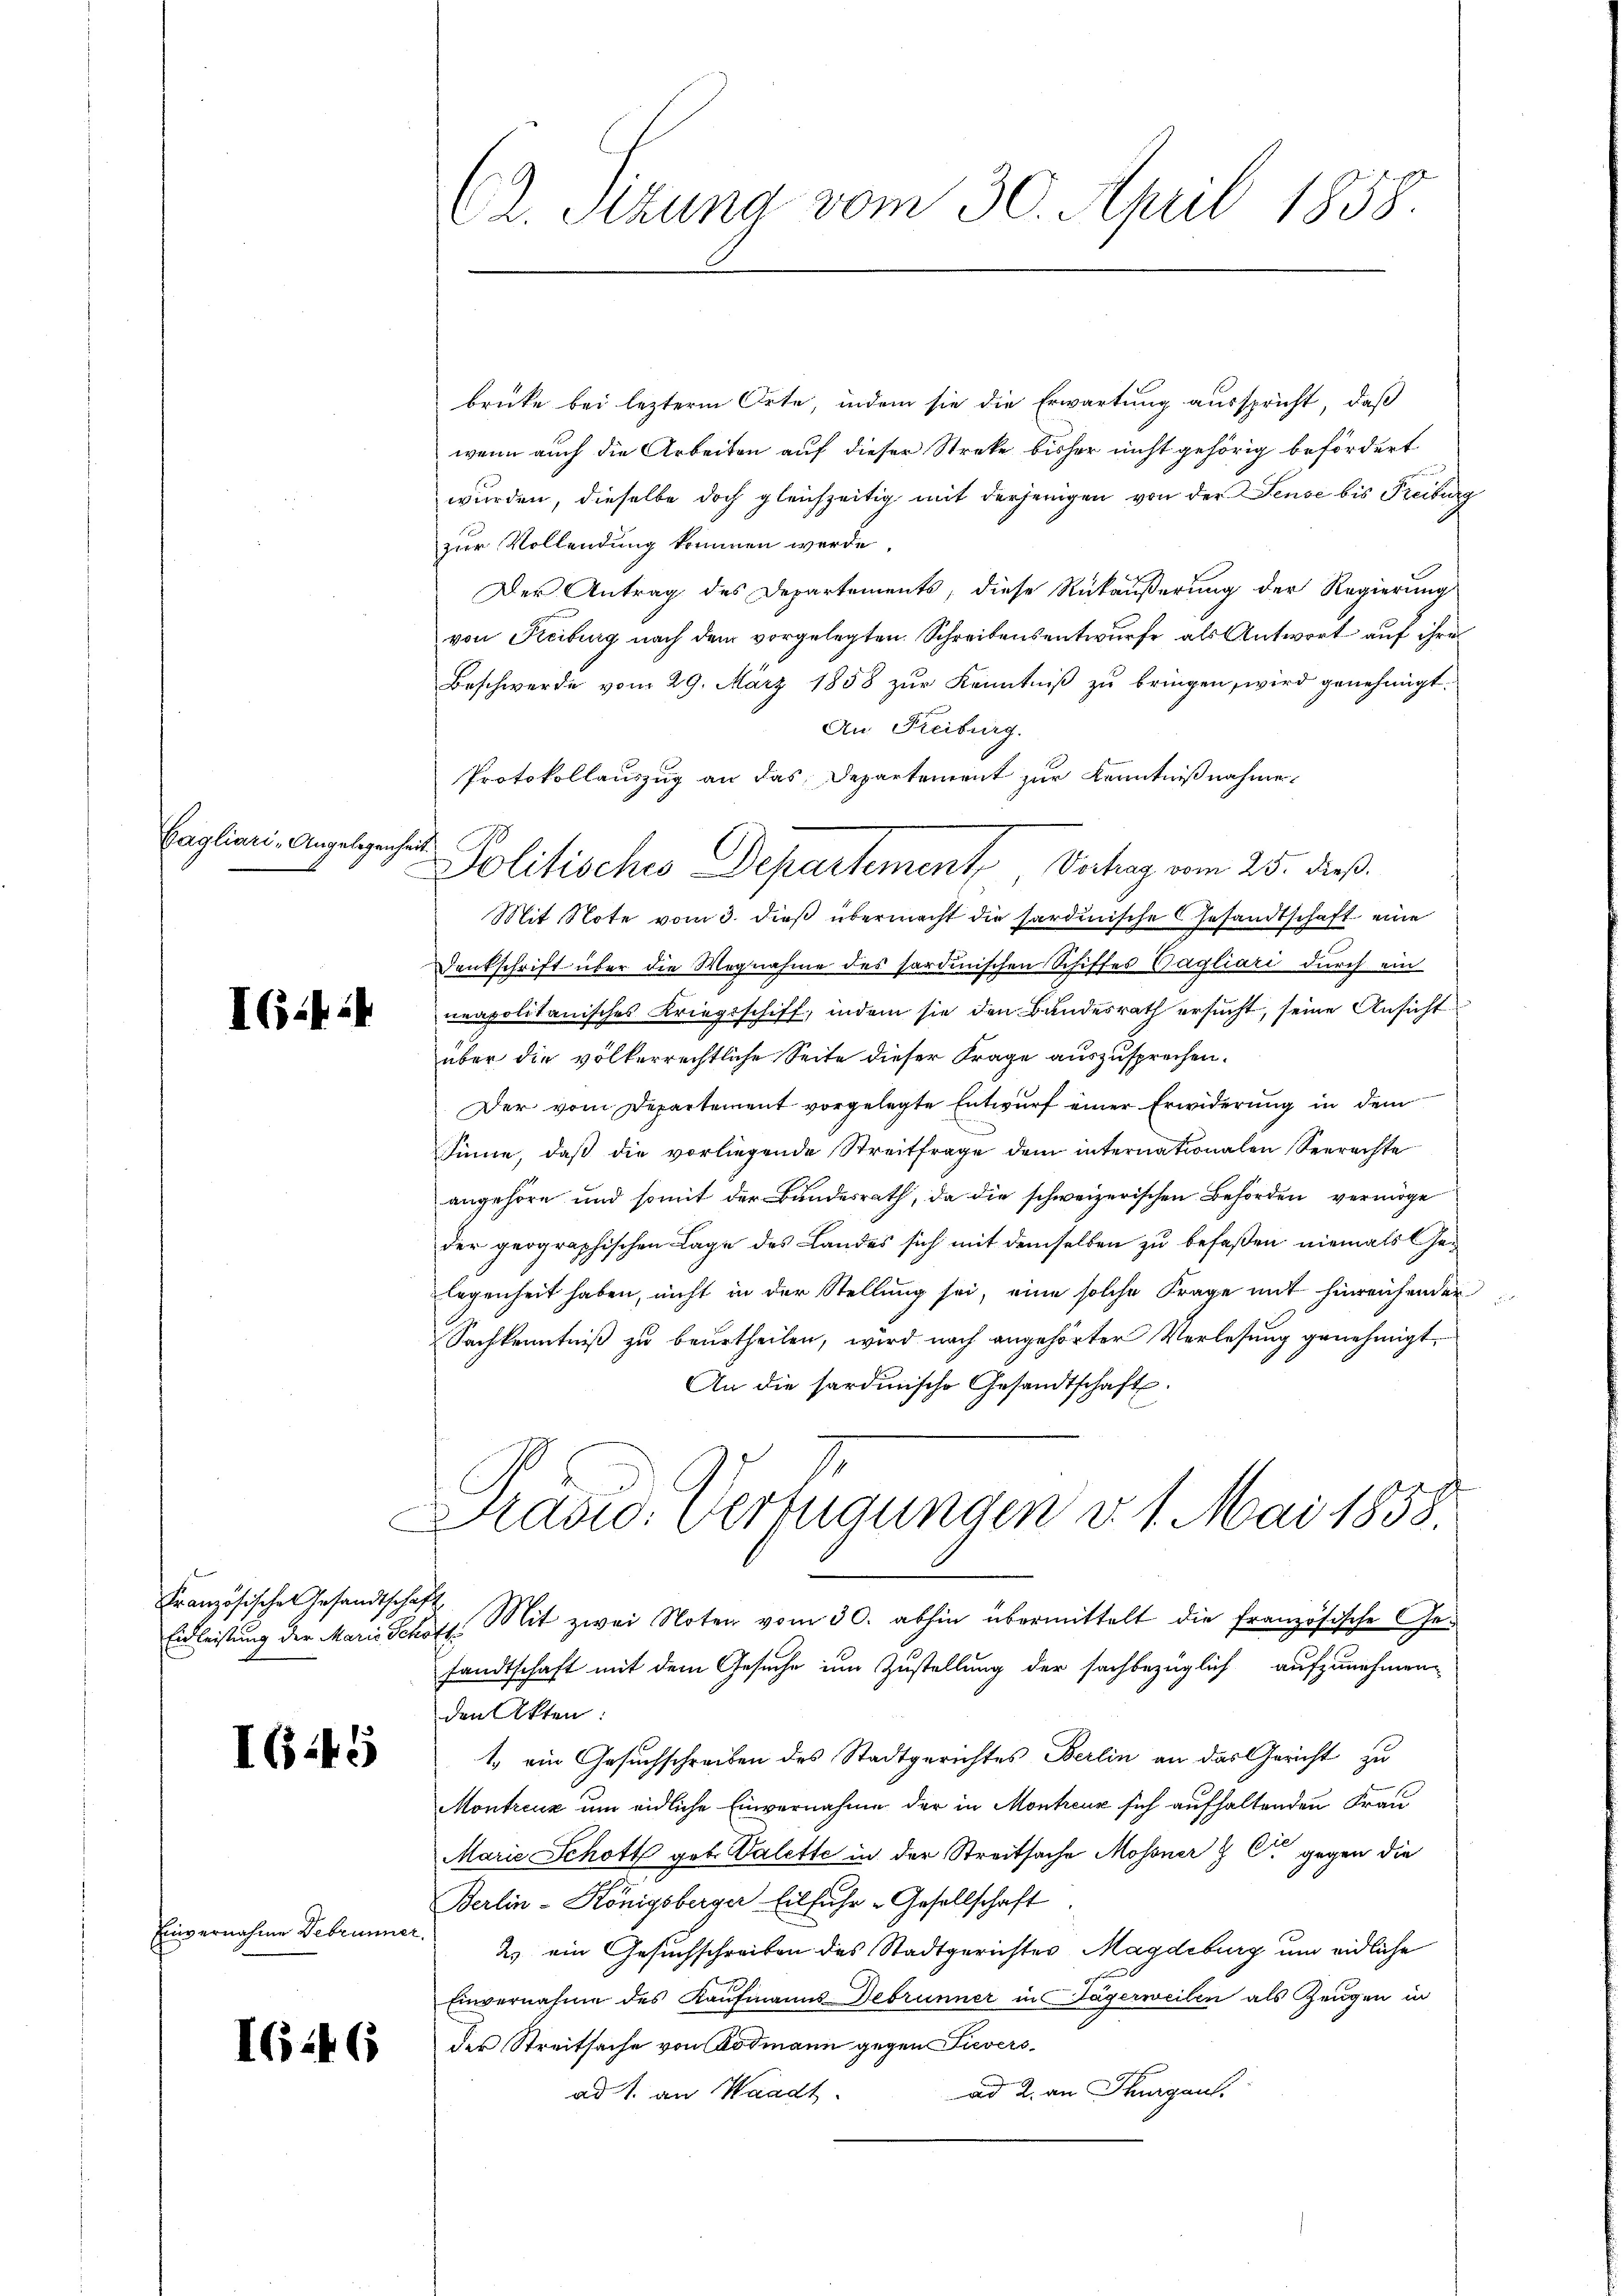
Cagliari -Angelegenheit.

IC.44

Französisches Gesandtschaft

IG.45

Einvernahme Gebrunner.

I246

brücke bei lezterm Orte, indem sie die Erwartung ausspricht, daß
wenn auch die Arbeiten auf dieser Streke bisher nicht gehörig befördert
wurden, dieselbe doch gleichzeitig mit derjenigen von der Sense bis Freiburg
zur Vollendung kommen werde.
Der Antrag des Departements, diese Rückäußerung der Regierung
von Freiburg nach dem vorgelegten Schreibensentwurfe als Antwort auf ihre
Beschwerde vom 29. März 1858 zur Kenntniß zu bringen, wird genehmigt.
An Freiburg.
Protokollauszug an das Departement zur Kenntnißnahme.
Mit Note vom 3. dieß übermacht die sardinische Gesandtschaft eine
Denkschrift über die Wegnahme des sardinischen Schiffes Pagliari durch ein
neapolitanisches Kriegsschiff, indem sie den Bundesrath ersucht, seine Ansicht
über die völkerrechtliche Seite dieser Frage auszusprechen.
Der vom Departement vorgelegte Entwurf einer Erwiderung in dem
sinne, daβ die vorliegende Streitfrage dem internationalen Seerechte
angehöre und somit der Bundesrath, da die schweizerischen Behörden vermöge
der geographischen Lage des Landes sich mit demselben zu befaßen niemals Gelegenheit haben, nicht in der Stellung sei, eine solche Frage mit hinreichender
Sachkenntniß zu beurtheilen, wird nach angehörter Verlesung genehmigt.
An die sardinische Gesandtschaft.
Prasid. Verfügungen v. 1. Mai 1858.
Eidleistung der Marie Schott. Mit zwei Noten vom 30. abhin übermittelt die französische Gesandtschaft mit dem Gesuche im Zustellung der sachbezüglich aufzunehmen,
den Akten:
1. ein Gesuchschreiben des Stadtgerichtes Berlin an das Gericht zu
Montreuz um eidliche Einvernahme der in Montreux sich aufhaltenden Frau
Marie Schott geb. Valette in der Streitsache Mossner & C. gegen die
Berlin-Königsberger Eilfuhr - Gesellschaft
2) ein Gesuchschreiben des Stadtgerichtes Magdeburg um eidliche
Einvernahme des Kaufmanns Debrunner in Jägerweilen als Zeugen in
des Streitsache von Bodmann gegen Sieversad 2. an Thurgau.
ad 1. an Waadt.

CA. Sizung vom 30. April 1858.

Politisches Departemente Verhag vom 25. dieß.